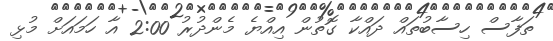
ތަފާސް ހިސާބުތައް ދައްކާ ގޮތުން އިއްޔެ މެންދުރު 2:00 އާ ހަމައަށް މުޅި